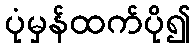
ပုံမှန်ထက်ပို၍